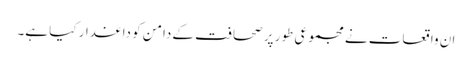
ان واقعات نے مجموعی طور پر صحافت کے دامن کو داغدار کیا ہے۔